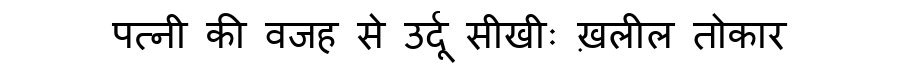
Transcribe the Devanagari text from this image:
पत्नी की वजह से उर्दू सीखीः ख़लील तोकार